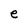
Character: e